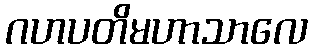
ဂဟပတိမဟာသာလေ